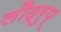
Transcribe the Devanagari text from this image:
लौद्रुप्